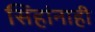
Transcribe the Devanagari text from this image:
सिंहांनाही